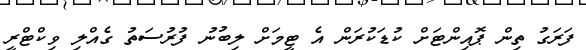
ފަރަގު ތިން ޕޮއިންޓަށް ކުޑަކުރަން އެ ޓީމަށް ލިބުނު ފުރުސަތު ގެއްލި ވިކްޓްރީ